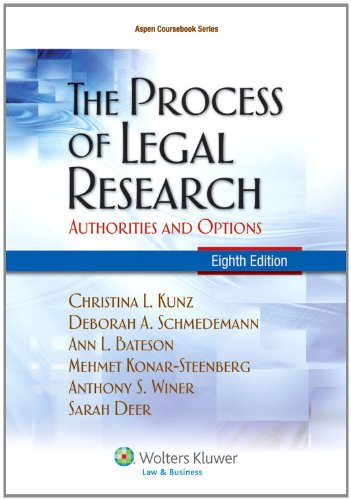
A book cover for The Process of Legal Research: Authorities and Options, Eighth Edition (Aspen Coursebook); Christina L. Kunz; Law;